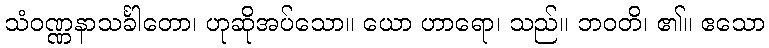
သံဝဏ္ဏနာသင်္ခါတော၊ ဟုဆိုအပ်သော။ ယော ဟာရော၊ သည်။ ဘဝတိ၊ ၏။ ဧသော